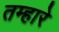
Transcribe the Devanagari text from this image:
तम्हारे